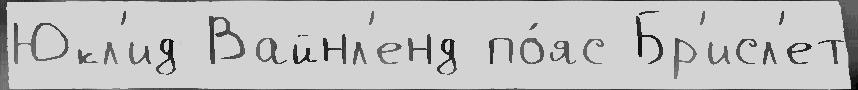
Юкл'ид Вайнл'енд по́яс Бр'исл'ет